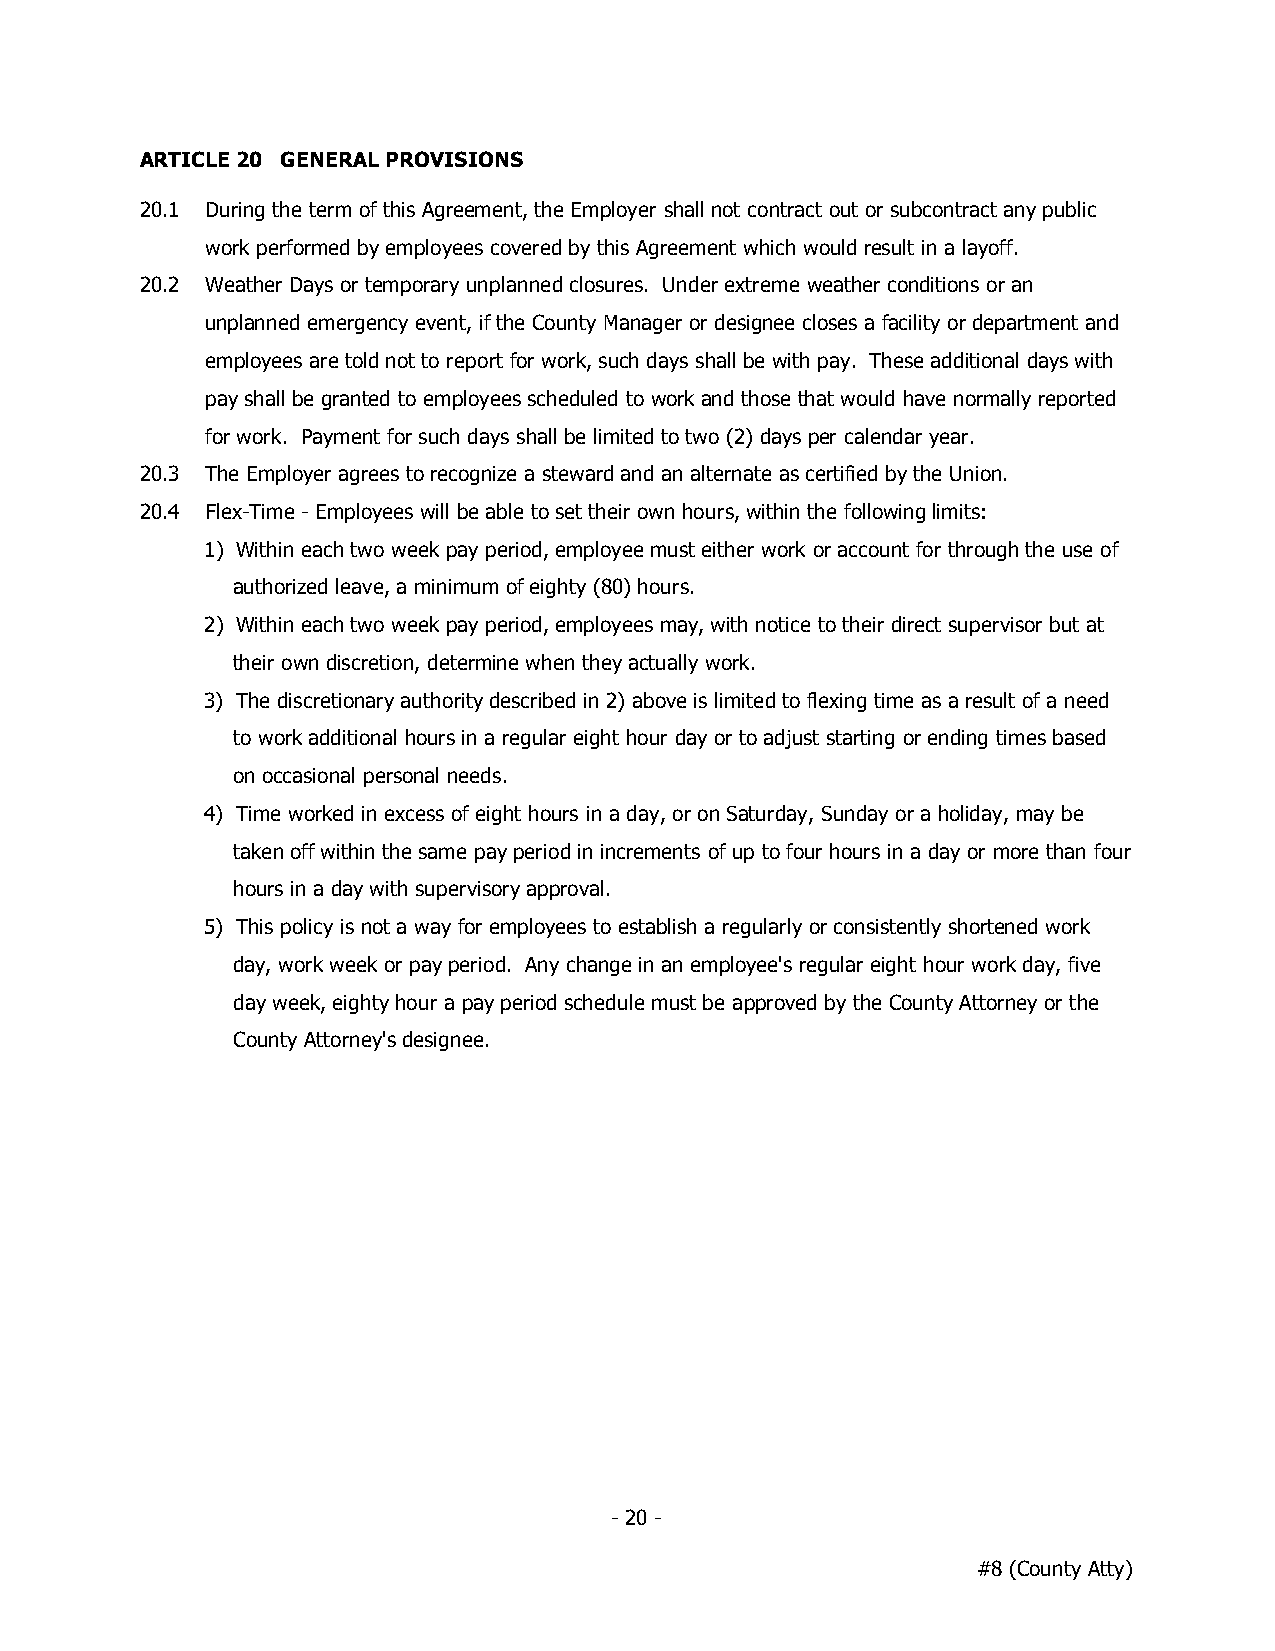
ARTICLE 20 GENERAL PROVISIONS
 20.1 During the term of this Agreement, the Employer shall not contract out or subcontract any public
 work performed by employees covered by this Agreement which would result in a layoff.
 20.2 Weather Days or temporary unplanned closures. Under extreme weather conditions or an
 unplanned emergency event, if the County Manager or designee closes a facility or department and
 employees are told not to report for work, such days shall be with pay. These additional days with
 pay shall be granted to employees scheduled to work and those that would have normally reported
 for work. Payment for such days shall be limited to two (2) days per calendar year.
 20.3 The Employer agrees to recognize a steward and an alternate as certified by the Union.
 20.4 Flex-Time - Employees will be able to set their own hours, within the following limits:
 1) Within each two week pay period, employee must either work or account for through the use of
 authorized leave, a minimum of eighty (80) hours.
 2) Within each two week pay period, employees may, with notice to their direct supervisor but at
 their own discretion, determine when they actually work.
 3) The discretionary authority described in 2) above is limited to flexing time as a result of a need
 to work additional hours in a regular eight hour day or to adjust starting or ending times based
 on occasional personal needs.
 4) Time worked in excess of eight hours in a day, or on Saturday, Sunday or a holiday, may be
 taken off within the same pay period in increments of up to four hours in a day or more than four
 hours in a day with supervisory approval.
 5) This policy is not a way for employees to establish a regularly or consistently shortened work
 day, work week or pay period. Any change in an employee's regular eight hour work day, five
 day week, eighty hour a pay period schedule must be approved by the County Attorney or the
 County Attorney's designee.
 - 20 -
 #8 (County Atty)